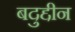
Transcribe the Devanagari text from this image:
बदुद्दीन